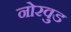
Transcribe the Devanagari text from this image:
नोरवुड